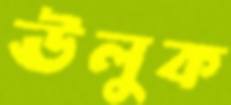
ঊলুক